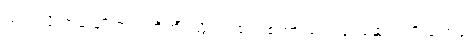
သည်လို အခါမျိုးတွင် ကိုကျီးညိုရင်ထဲကစကားတွေ ခင်နှောင်းကို ပြောဖို့